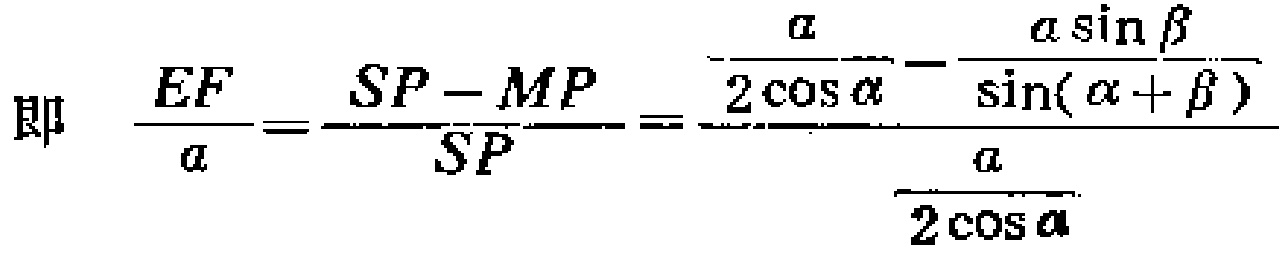
即 \(\frac{EF}{a}=\frac{SP - MP}{SP}=\frac{\frac{a}{2\cos\alpha}-\frac{a\sin\beta}{\sin(\alpha + \beta)}}{\frac{a}{2\cos\alpha}}\)